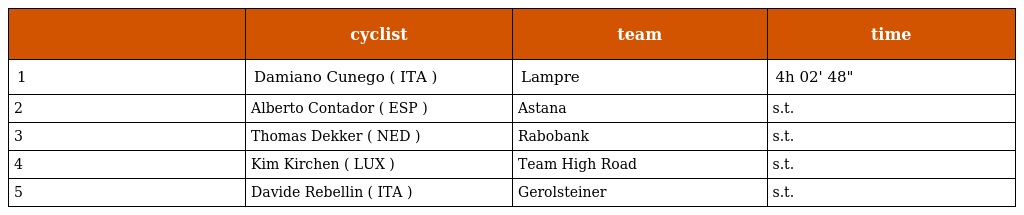
|  | cyclist | team | time |
 | --- | --- | --- | --- |
 | 1 | Damiano Cunego ( ITA ) | Lampre | 4h 02' 48" |
 | 2 | Alberto Contador ( ESP ) | Astana | s.t. |
 | 3 | Thomas Dekker ( NED ) | Rabobank | s.t. |
 | 4 | Kim Kirchen ( LUX ) | Team High Road | s.t. |
 | 5 | Davide Rebellin ( ITA ) | Gerolsteiner | s.t. |